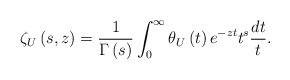
\begin{align*}\zeta _{U}\left( s,z\right) =\frac{1}{\Gamma \left( s\right) }\int_{0}^{\infty }\theta_{U}\left( t\right) e^{-zt}t^{s}\frac{dt}{t}. \end{align*}